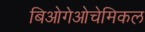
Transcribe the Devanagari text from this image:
बिओगेओचेमिकल